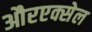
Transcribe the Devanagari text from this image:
औरएक्सेल